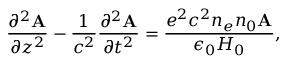
\frac { \partial ^ { 2 } \mathbf { A } } { \partial z ^ { 2 } } - \frac { 1 } { c ^ { 2 } } \frac { \partial ^ { 2 } \mathbf { A } } { \partial t ^ { 2 } } = \frac { e ^ { 2 } c ^ { 2 } n _ { e } n _ { 0 } \mathbf { A } } { \epsilon _ { 0 } H _ { 0 } } ,